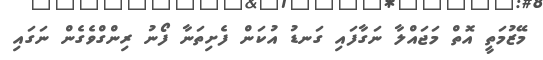
މޭޒުމަތީ އޮތް މަޖައްލާ ނަގާފައި ގަނޑު އުކަން ފެށިތަނާ ފޯނު ރިންގްވެގެން ނަގައި